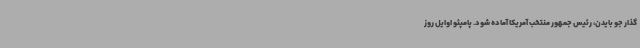
گذار جو بایدن، رئیس جمهور منتخب آمریکا آماده شود. پامپئو اوایل روز